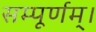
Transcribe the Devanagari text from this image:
सम्पूर्णम्।